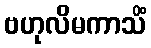
ဗဟုလိမကာသိံ